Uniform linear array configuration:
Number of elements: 4
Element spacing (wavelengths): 0.5
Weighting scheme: cosine
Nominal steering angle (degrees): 0
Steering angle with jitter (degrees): -0.02052
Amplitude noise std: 0.05
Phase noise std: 0.05

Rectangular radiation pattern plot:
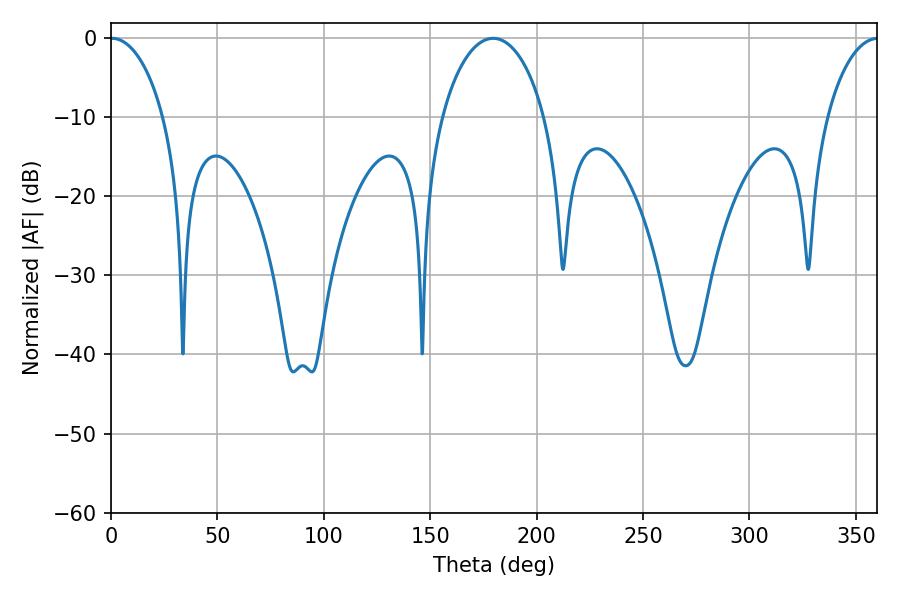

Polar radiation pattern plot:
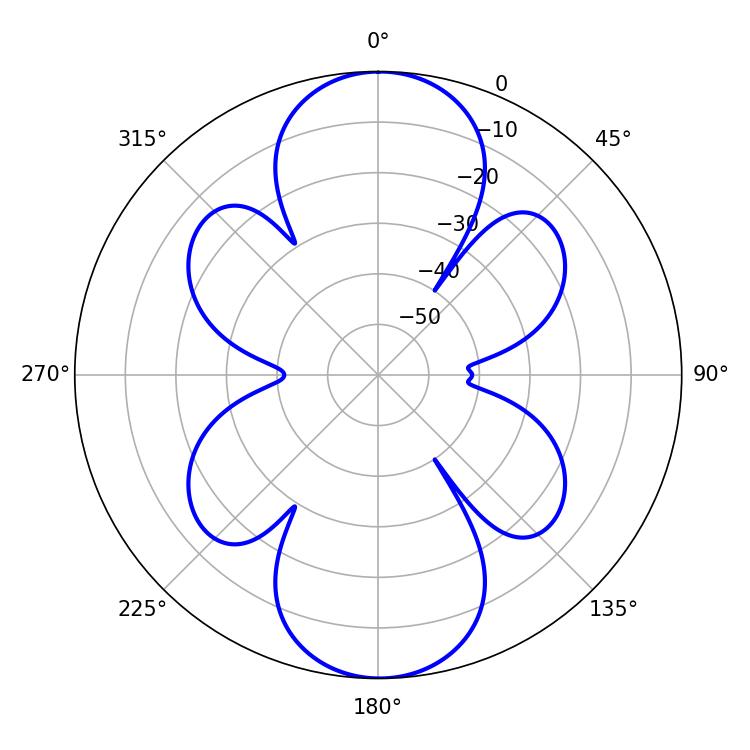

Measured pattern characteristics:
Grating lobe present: FALSE
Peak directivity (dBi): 28.633
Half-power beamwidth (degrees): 14.22
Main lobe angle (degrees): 0.36